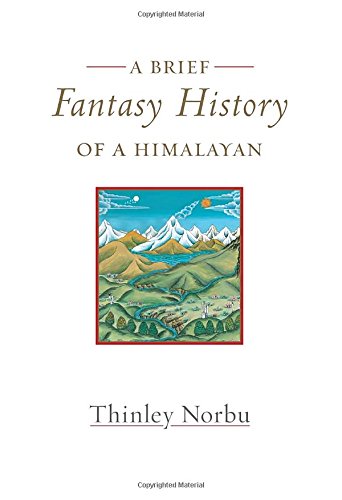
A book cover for A Brief Fantasy History of a Himalayan: Autobiographical Reflections; Thinley Norbu; Religion & Spirituality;